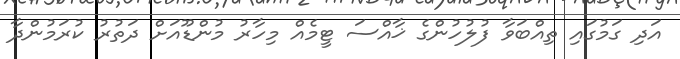
އަދި ގަމުގައި ތިއްބަވާ ފުލުހުންގެ ޚާއްސަ ޓީމެއް މިހާރު މުންޑޫއަށް ދަތުރު ކުރަމުންދާ